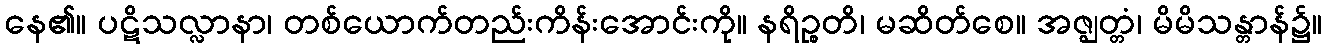
နေ၏။ ပဋိသလ္လာနာ၊ တစ်ယောက်တည်းကိန်းအောင်းကို။ နရိဉ္စတိ၊ မဆိတ်စေ။ အဇ္ဈတ္တံ၊ မိမိသန္တာန်၌။